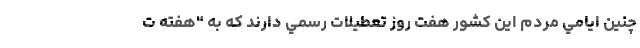
چنين ايامي مردم اين كشور هفت روز تعطيلات رسمي دارند كه به "هفته ت